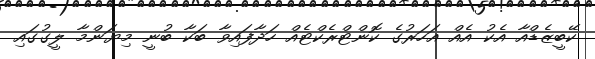
ކޭބީޒެޑްއާ އެކު އެއް އަހަރުގެ ކޮންޓްރެކްޓެއް ހަދާފައިވާ ބަކާ ބުނީ މިޔަންމާ ލީގުގައި